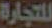
للتجارة